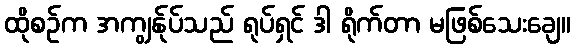
ထိုစဉ်က အကျွန်ုပ်သည် ရုပ်ရှင် ဒါ ရိုက်တာ မဖြစ်သေးချေ။